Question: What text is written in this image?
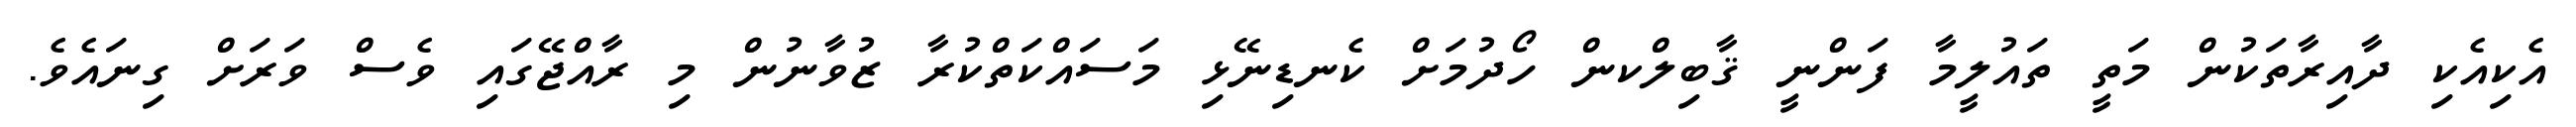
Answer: އެކިއެކި ދާއިރާތަކުން މަތީ ތައުލީމާ ފަންނީ ޤާބިލްކން ހޯދުމަށް ކެނޑިނޭޅި މަސައްކަތްކުރާ ޒުވާނުން މި ރާއްޖޭގައި ވެސް ވަރަށް ގިނައެވެ.